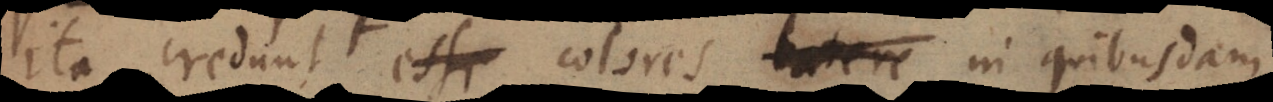
Ita credunt esse colores latere formas substa